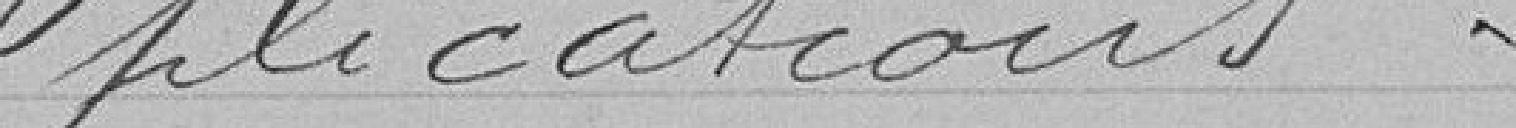
plications.